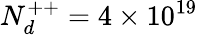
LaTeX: N_{d}^{++}=4\times 10^{19}